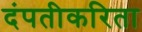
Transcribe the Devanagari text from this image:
दंपतीकरिता